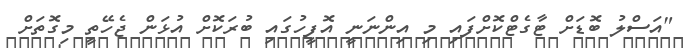
"އަސްލު ބޮޑަށް ޓާގެޓްކޮށްފައި މި އިންނަނީ އޮފީހުގައި ބުރަކޮށް އުޅަން ޖެހޭތީ މިގޮތަށް